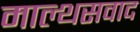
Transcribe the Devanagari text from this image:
माल्थसवाद